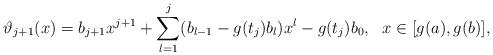
LaTeX: \begin{align*} \vartheta_{j+1}(x)=b_{j+1}x^{j+1}+\sum_{l=1}^{j}(b_{l-1}-g(t_{j})b_l)x^l-g(t_{j}) b_0,~~x\in[g(a),g(b)], \end{align*}